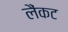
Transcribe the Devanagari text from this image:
लैंकट